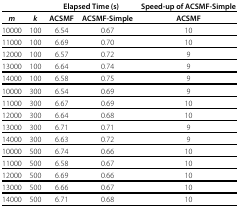
|  |  | <COLSPAN=2> Elapsed Time (s) | Speed-up of ACSMF-Simple |
 | --- | --- | --- | --- | --- |
 | m | k | ACSMF | ACSMF-Simple | ACSMF |
 | 10000 | 100 | 6.54 | 0.67 | 10 |
 | 11000 | 100 | 6.69 | 0.70 | 10 |
 | 12000 | 100 | 6.57 | 0.72 | 9 |
 | 13000 | 100 | 6.64 | 0.74 | 9 |
 | 14000 | 100 | 6.58 | 0.75 | 9 |
 | 10000 | 300 | 6.54 | 0.69 | 9 |
 | 11000 | 300 | 6.67 | 0.69 | 10 |
 | 12000 | 300 | 6.64 | 0.68 | 10 |
 | 13000 | 300 | 6.71 | 0.71 | 9 |
 | 14000 | 300 | 6.63 | 0.72 | 9 |
 | 10000 | 500 | 6.74 | 0.66 | 10 |
 | 11000 | 500 | 6.58 | 0.67 | 10 |
 | 12000 | 500 | 6.69 | 0.66 | 10 |
 | 13000 | 500 | 6.66 | 0.67 | 10 |
 | 14000 | 500 | 6.71 | 0.68 | 10 |